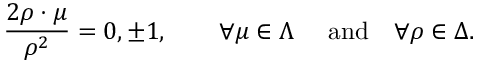
{ \frac { 2 \rho \cdot \mu } { \rho ^ { 2 } } } = 0 , \pm 1 , \quad \quad \forall \mu \in \Lambda \quad \ \mathrm { a n d } \quad \forall \rho \in \Delta .